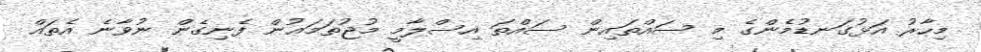
މިހާރު އަޅުގަނޑުމެންގެ މި ސައްތައިން ސައްތަ އިސްލާމީ މުޖުތަމަޢުން ފެނިގެން ނުވާނެ އެތައް